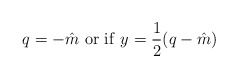
\begin{align*}q=- \hat{m} \ {\rm or \ if} \ y= \frac{1}{2}(q- \hat{m}) \end{align*}